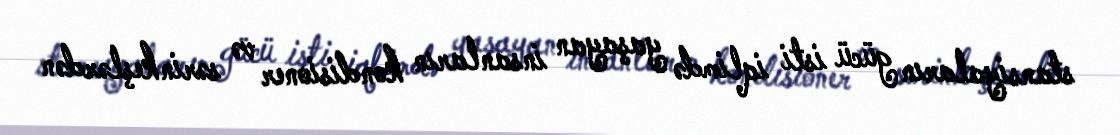
stansiyaların gücü isti iqlimdə yaşayan insanların kondisioner və sərinkeşlərdən